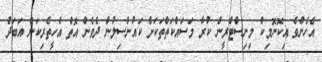
އެހެންވެ އިކޮނޮމިކް މިނިސްޓްރީން ކުރާ މަސައްކަތްތަކަށް ކައުންސިލުން ދެވެން އޮތް އެހީތެރިކަން އަބަދެު